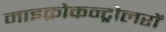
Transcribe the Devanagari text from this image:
माइक्रोकन्ट्रोलरों